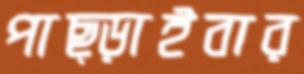
পাছ্‌ড়াইবার